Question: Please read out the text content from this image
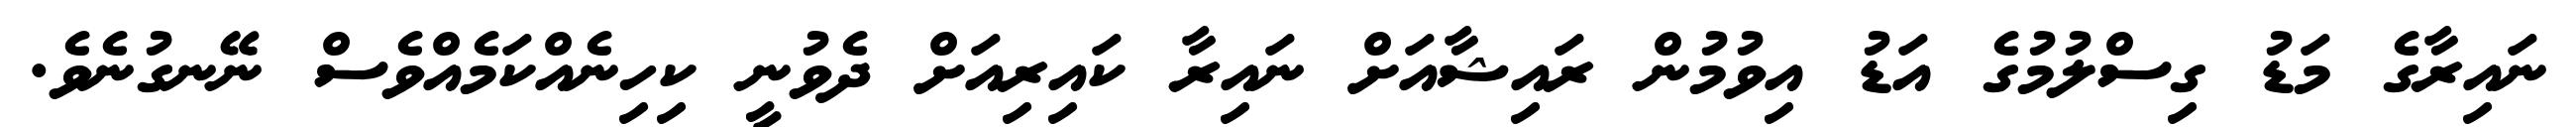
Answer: ނައިރާގެ މަޑު ގިސްލުމުގެ އަޑު އިވުމުން ރައިޝާއަށް ނައިރާ ކައިރިއަށް ދެވުނީ ކިހިނެއްކަމެއްވެސް ނޭނގުނެވެ.